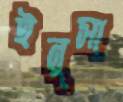
ইনুসা